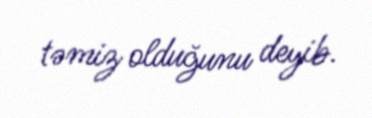
təmiz olduğunu deyib.